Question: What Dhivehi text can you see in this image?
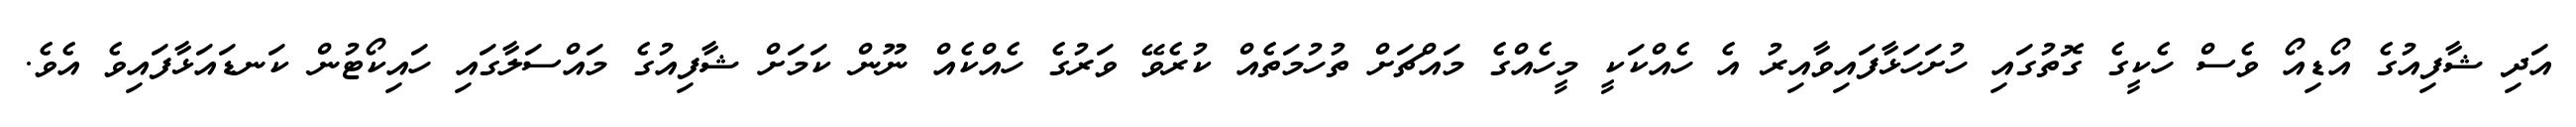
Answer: އަދި ޝާފިއުގެ އޯޑިއޯ ވެސް ހެކީގެ ގޮތުގައި ހުށަހަޅާފައިވާއިރު އެ ހެއްކަކީ މީހެއްގެ މައްޗަށް ތުހުމަތެއް ކުރެވޭ ވަރުގެ ހެއްކެއް ނޫން ކަމަށް ޝާފިއުގެ މައްސަލާގައި ހައިކޯޓުން ކަނޑައަޅާފައިވެ އެވެ.